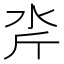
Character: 𪵮